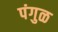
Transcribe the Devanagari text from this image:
पंगुळ